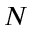
N